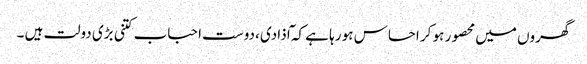
گھروں میں محصور ہو کر احساس ہو رہا ہے کہ ٓاذادی ،دوست احباب کتنی بڑی دولت ہیں ۔